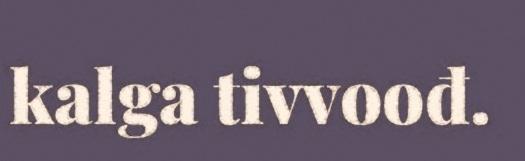
kalga tivvoođ.